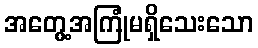
အတွေ့အကြုံမရှိသေးသော